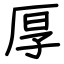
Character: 厚